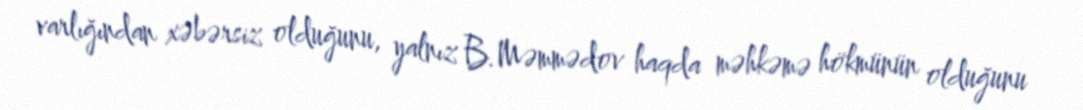
varlığından xəbərsiz olduğunu, yalnız B.Məmmədov haqda məhkəmə hökmünün olduğunu